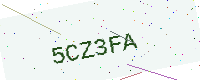
Text: 5CZ3FA